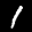
Label: 1